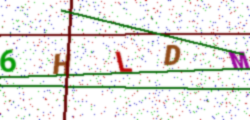
Text: 6HLDM